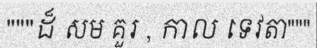
"""ដ៏ សម គួរ , កាល ទេវតា"""